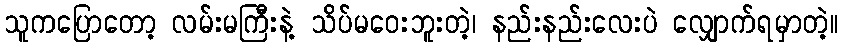
သူကပြောတော့ လမ်းမကြီးနဲ့ သိပ်မဝေးဘူးတဲ့၊ နည်းနည်းလေးပဲ လျှောက်ရမှာတဲ့။